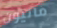
مانيون